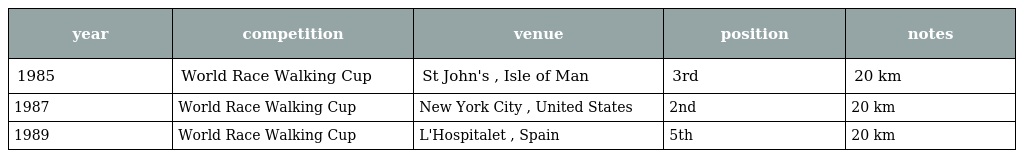
| year | competition | venue | position | notes |
 | --- | --- | --- | --- | --- |
 | 1985 | World Race Walking Cup | St John's , Isle of Man | 3rd | 20 km |
 | 1987 | World Race Walking Cup | New York City , United States | 2nd | 20 km |
 | 1989 | World Race Walking Cup | L'Hospitalet , Spain | 5th | 20 km |